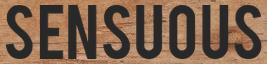
SENSUOUS